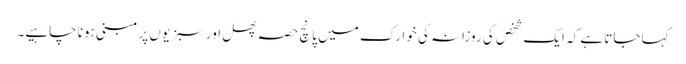
کہا جاتا ہے کہ ایک شخص کی روزانہ کی خوارک میں پانچ حصہ پھل اور سبزیوں پر مبنی ہونا چاہیے۔